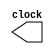
module getClock(clock);
    output reg clock;
    parameter SWITCHTIME = 500;
    initial begin 
        clock = 1; 
    end
    always begin
        #SWITCHTIME clock = ~clock;
    end
endmodule